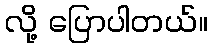
လို့ ပြောပါတယ်။